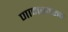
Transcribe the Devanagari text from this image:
णामस्वरूप